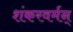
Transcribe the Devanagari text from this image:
शंकरवर्मन्